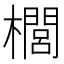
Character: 櫚